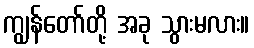
ကျွန်တော်တို့ အခု သွားမလား။